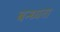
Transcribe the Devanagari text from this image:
बन्ध्यता